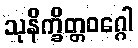
သုနိက္ခိတ္တဝဂ္ဂေါ